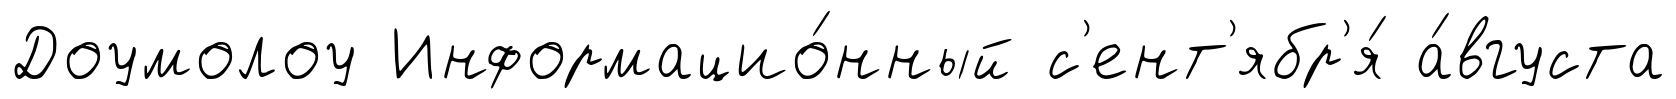
Доумолоу Информацио́нный с'ент'ябр'я́ а́вгуста